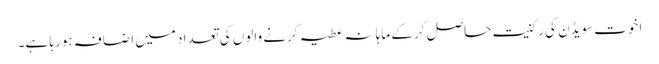
اخوت سویڈن کی رکنیت حاصل کرکے ماہانہ عطیہ کرنے والوں کی تعداد میں اضافہ ہورہا ہے۔